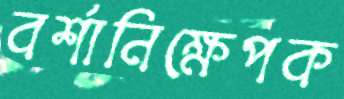
বর্শানিক্ষেপক